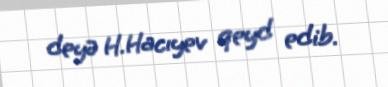
deyə H.Hacıyev qeyd edib.